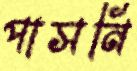
পাসনি